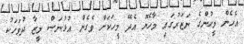
އެހެން މީހުންގެ ނަޒަރުގައި މާހެޔޮ އެދޭ މީހަކަށް ވެގެން އުޅުނަސް މީޒާ ދުވަހަކު